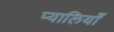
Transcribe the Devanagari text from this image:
प्यालियाँ